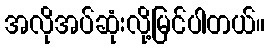
အလိုအပ်ဆုံးလို့မြင်ပါတယ်။